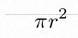
\pi r^2